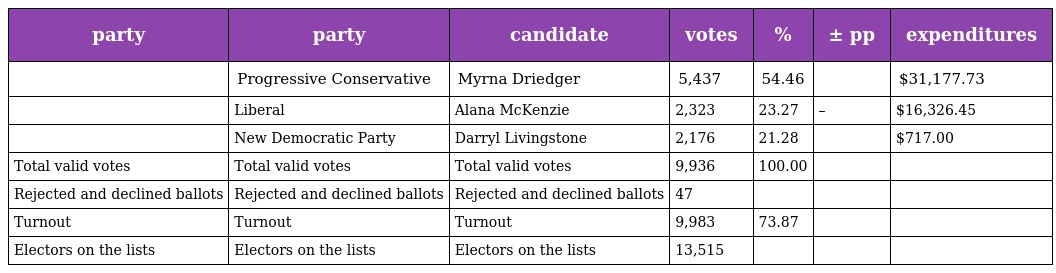
| party | party | candidate | votes | % | ± pp | expenditures |
 | --- | --- | --- | --- | --- | --- | --- |
 |  | Progressive Conservative | Myrna Driedger | 5,437 | 54.46 |  | $31,177.73 |
 |  | Liberal | Alana McKenzie | 2,323 | 23.27 | – | $16,326.45 |
 |  | New Democratic Party | Darryl Livingstone | 2,176 | 21.28 |  | $717.00 |
 | Total valid votes | Total valid votes | Total valid votes | 9,936 | 100.00 |  |  |
 | Rejected and declined ballots | Rejected and declined ballots | Rejected and declined ballots | 47 |  |  |  |
 | Turnout | Turnout | Turnout | 9,983 | 73.87 |  |  |
 | Electors on the lists | Electors on the lists | Electors on the lists | 13,515 |  |  |  |